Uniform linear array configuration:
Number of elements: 8
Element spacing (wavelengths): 1
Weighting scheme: hamming
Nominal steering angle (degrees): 30
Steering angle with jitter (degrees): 31.741
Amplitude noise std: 0.05
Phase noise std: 0.05

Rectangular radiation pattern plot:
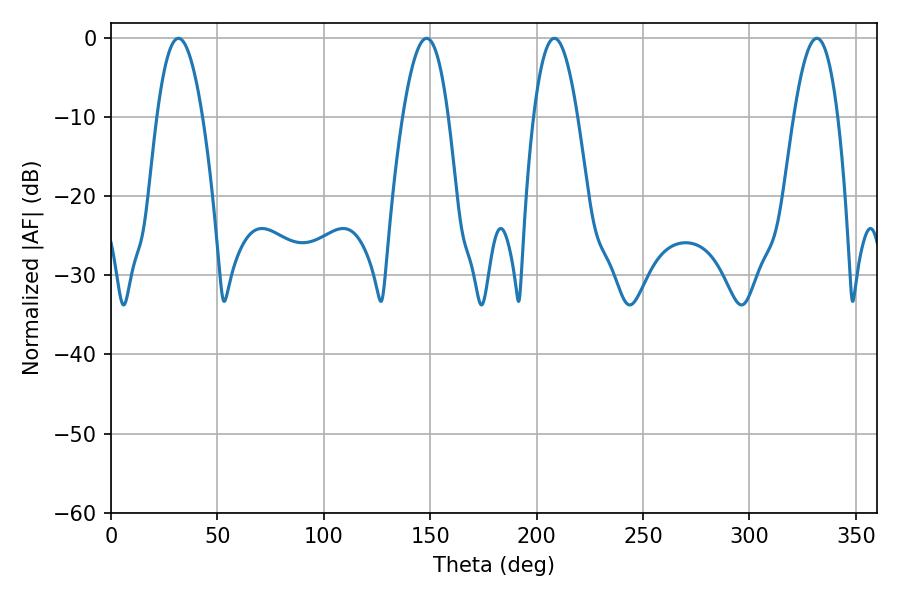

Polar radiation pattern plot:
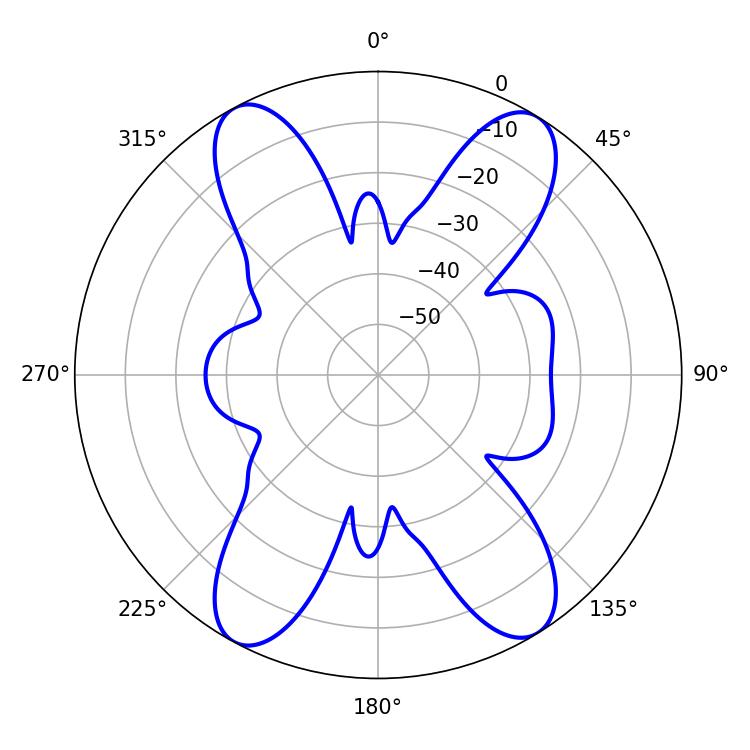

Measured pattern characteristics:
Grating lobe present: TRUE
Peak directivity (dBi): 18.158
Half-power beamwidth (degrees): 11.7
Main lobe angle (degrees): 31.68